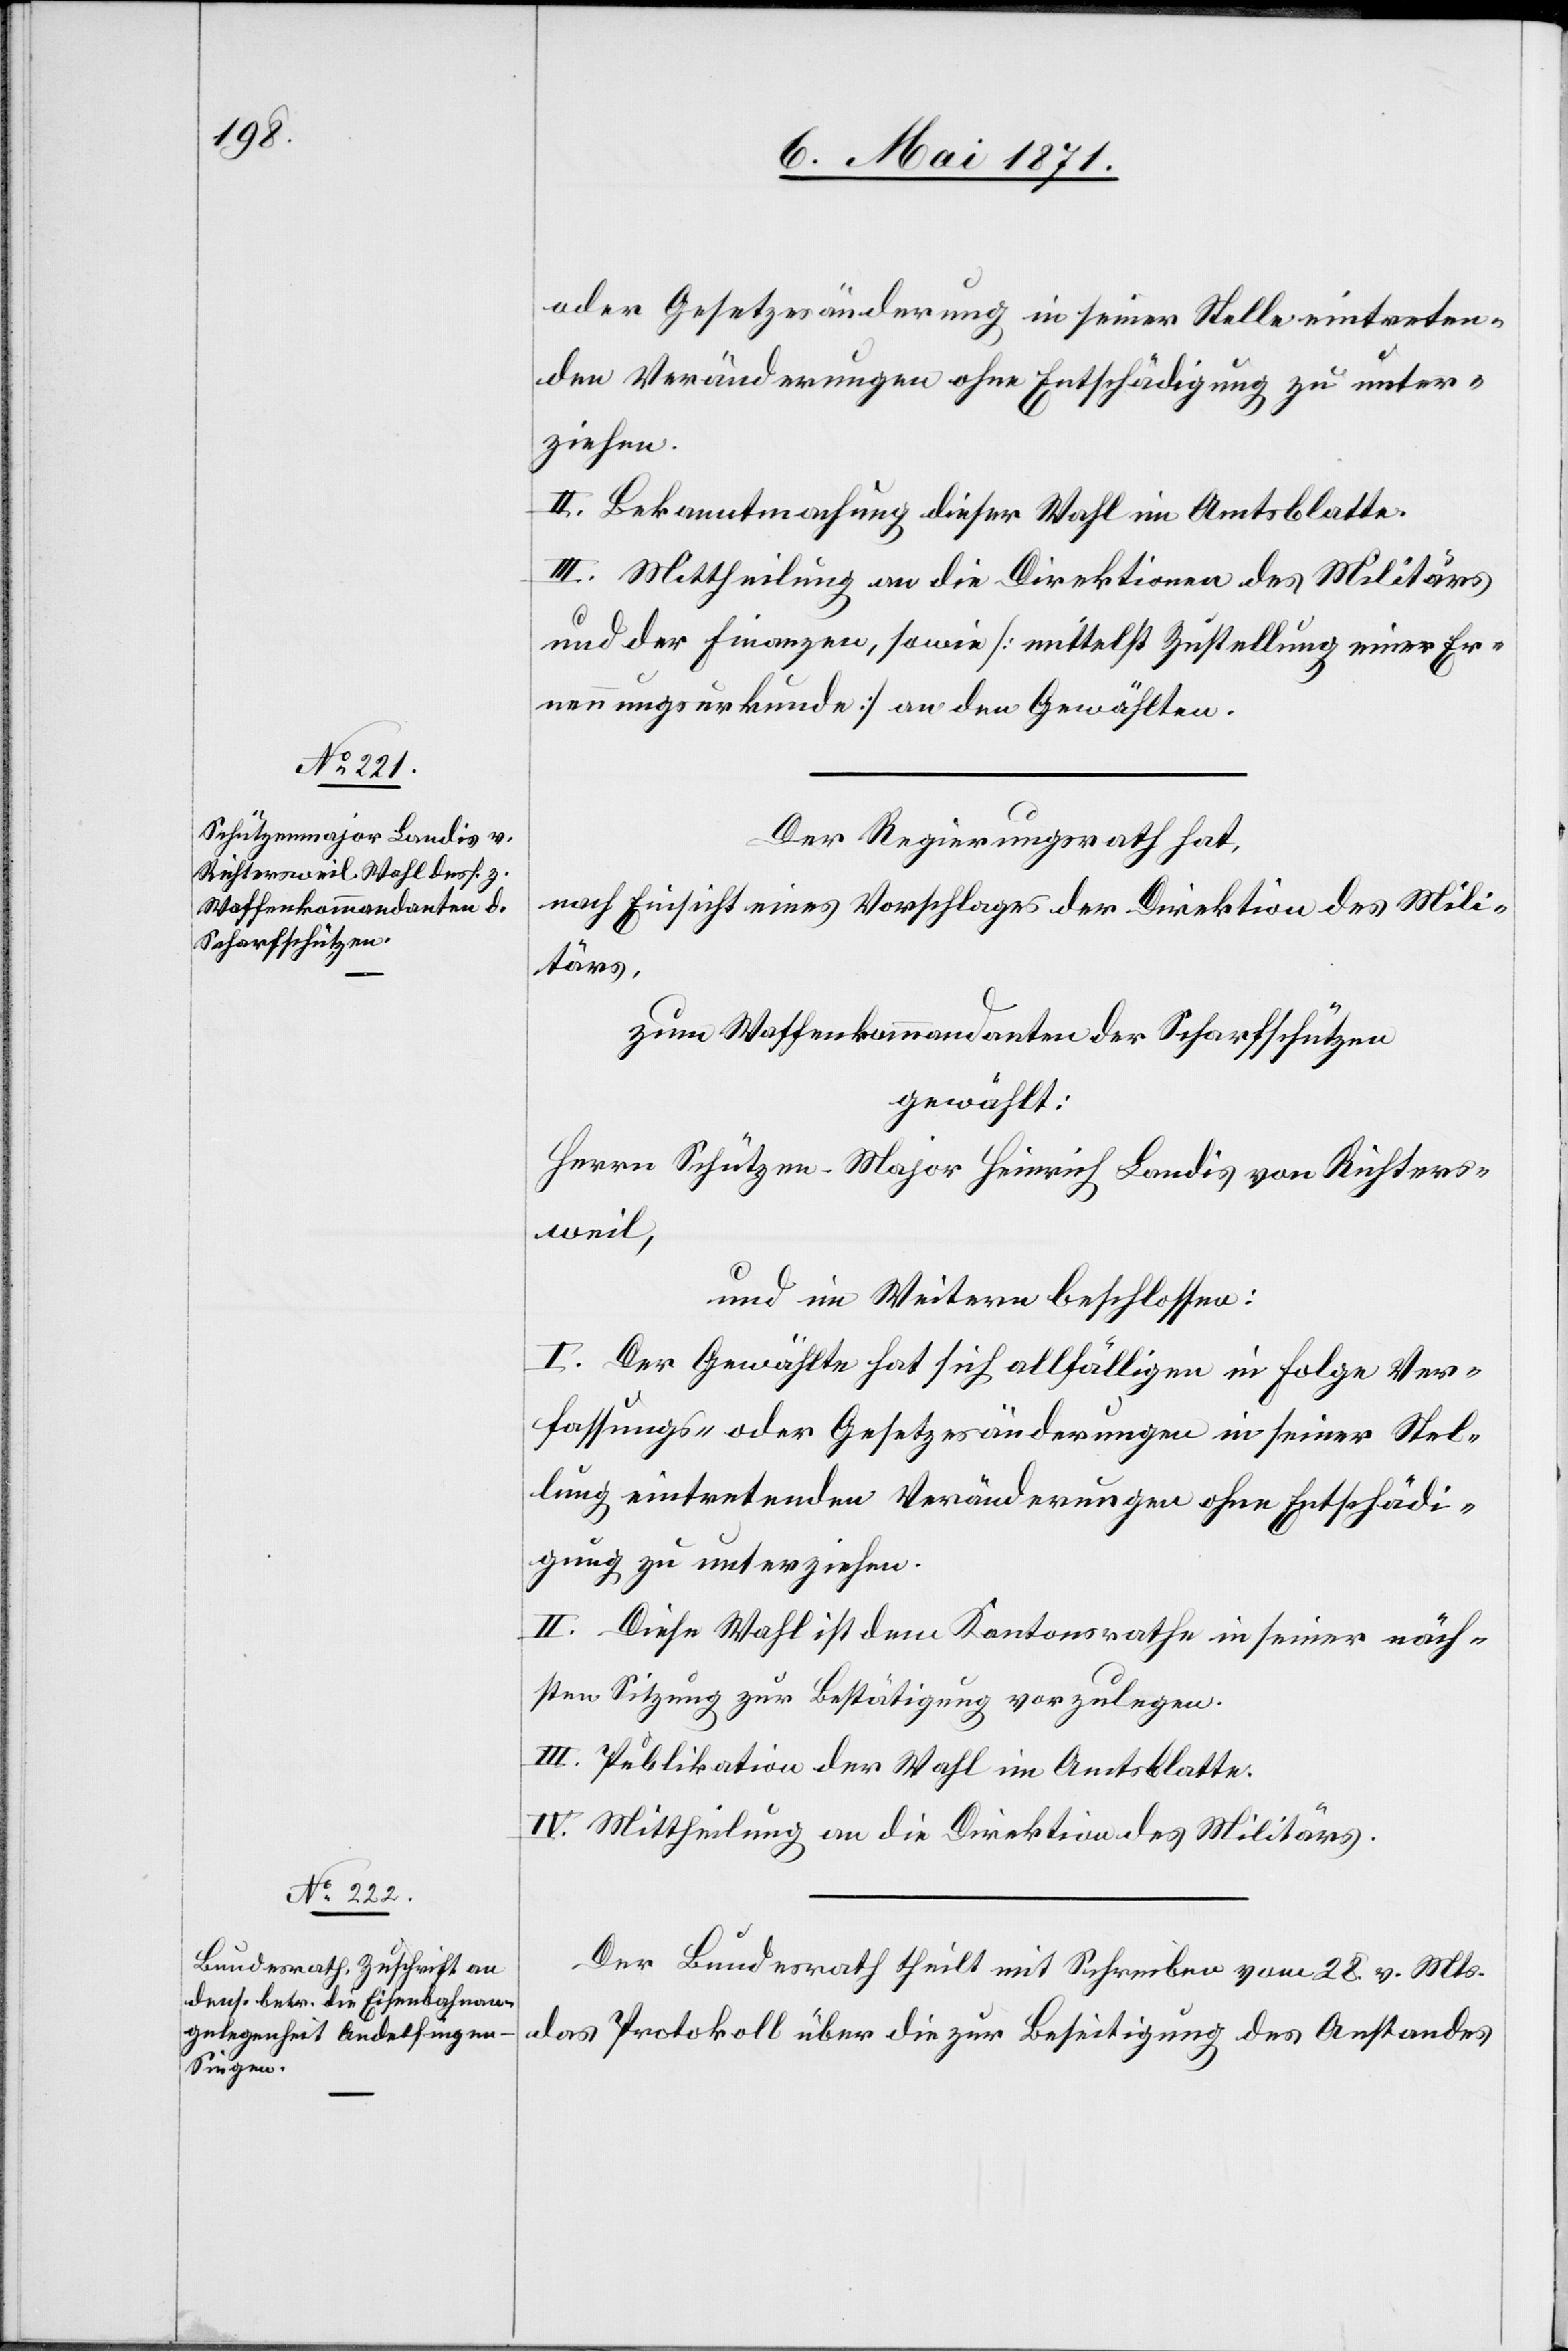
oder Gesetzesänderungen in seiner Stelle eintreten¬
den Veränderungen ohne Entschädigung zu unter¬
ziehen.
II. Bekanntmachung dieser Wahl im Amtsblatte.
und der Finanzen, sowie [mittelst Zustellung einer Er¬
nennungsurkunde] an den Gewählten.
Der Regierungsrath hat,
nach Einsicht eines Antrages der Direktion des Mili¬
tärs,
zum Waffenkommandanten der Scharfschützen
gewählt:
Herrn Schützen-Major Heinrich Landis von Richters¬
weil,
und des Weitern beschlossen:
I. Der Gewählte hat sich allfälligen in Folge Ver¬
fassungs- oder Gesetzesänderungen in seiner Stel¬
lung eintretenden Veränderungen ohne Entschädi¬
gung zu unterziehen.
II. Diese Wahl ist dem Kantonsrathe in seiner näch¬
sten Sitzung zur Bestätigung vorzulegen.
III. Publikation der Wahl im Amtsblatte.
IV. Mittheilung an die Direktion des Militärs.
Der Bundesrath theilt mit Schreiben vom 28. v. Mts.
das Protokoll über die zur Beseitigung des Anstandes